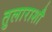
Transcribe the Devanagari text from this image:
तुलाराशौ